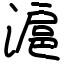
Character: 滬